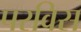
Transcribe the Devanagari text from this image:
परविस